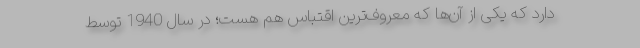
دارد که یکی از آن‌ها که معروف‌ترین اقتباس هم هست؛ در سال 1940 توسط